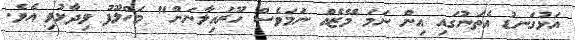
އަޅުގަނޑު އެތަނުގައި އިން ނަމަ މޭޒެއް ނަމަވެސް ހޫރައިލާނަން" މަހްލޫފު ވިދާޅުވި އެވެ.